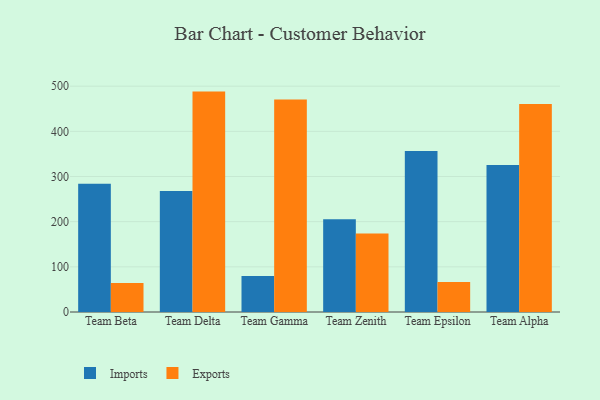
{"axis": {"x": "Team", "y": "Page Views"}, "legend": ["Exports", "Imports"], "data": [{"x": "Team Beta", "y": 283.9, "type": "Imports"}, {"x": "Team Beta", "y": 64.1, "type": "Exports"}, {"x": "Team Delta", "y": 268.1, "type": "Imports"}, {"x": "Team Delta", "y": 488.0, "type": "Exports"}, {"x": "Team Gamma", "y": 79.6, "type": "Imports"}, {"x": "Team Gamma", "y": 470.7, "type": "Exports"}, {"x": "Team Zenith", "y": 205.4, "type": "Imports"}, {"x": "Team Zenith", "y": 173.6, "type": "Exports"}, {"x": "Team Epsilon", "y": 356.3, "type": "Imports"}, {"x": "Team Epsilon", "y": 66.5, "type": "Exports"}, {"x": "Team Alpha", "y": 325.5, "type": "Imports"}, {"x": "Team Alpha", "y": 460.3, "type": "Exports"}]}